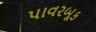
પાવરબૂક